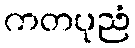
ကတပုညံ